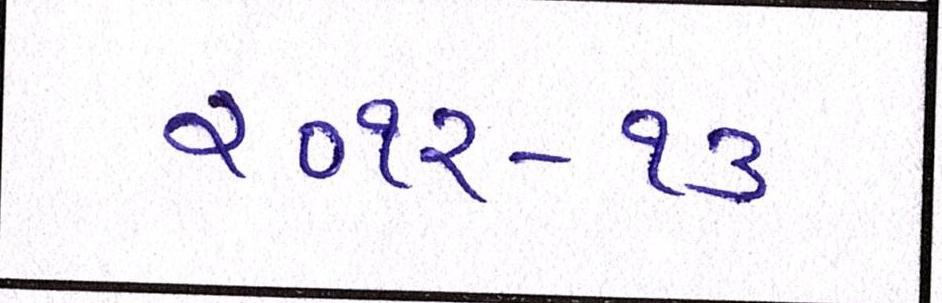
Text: ૨૦૧૨-૧૩